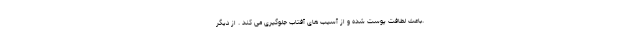
.باعث لطافت پوست شده و از آسیب های آفتاب جلوگیری می کند . از دیگر